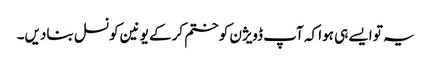
یہ تو ایسے ہی ہوا کہ آپ ڈویژن کو ختم کرکے یونین کونسل بنادیں۔